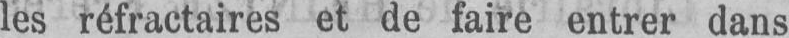
les réfractaires et de faire entrer dans